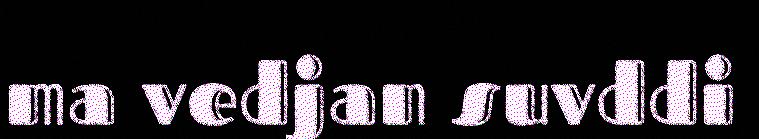
ma vedjan suvddi